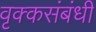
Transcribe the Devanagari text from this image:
वृक्कसंबंधी